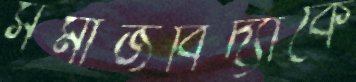
সমাজবিদ্যাকে